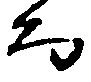
而